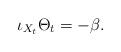
LaTeX: \begin{align*}\iota_{X_t}\Theta_t=-\beta.\end{align*}